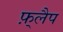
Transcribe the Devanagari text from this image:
फ़्लैप